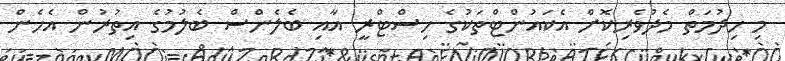
މި ހިދުމަތް މެދުވެރިކޮށް އެކައުންޓްތަކުގެ ހިސްޓްރީ އާއި ބެލެންސް ބެލުމުގެ އިތުރުން އެހެން